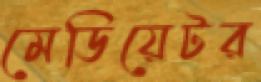
মেডিয়েটর